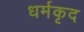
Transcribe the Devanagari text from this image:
धर्मकृद